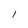
Character: l